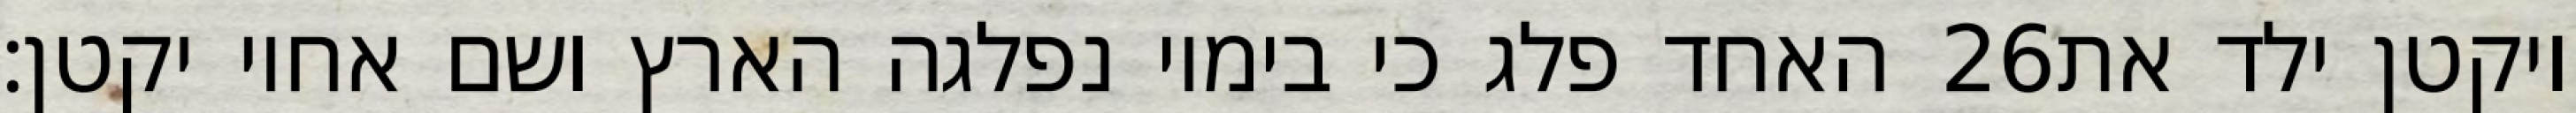
האחד פלג כי בימיו נפלגה הארץ ושם אחיו יקטן׃ ‎26‏ ויקטן ילד את